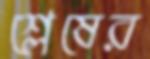
শ্লেষের